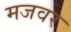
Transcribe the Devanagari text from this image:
मजवर